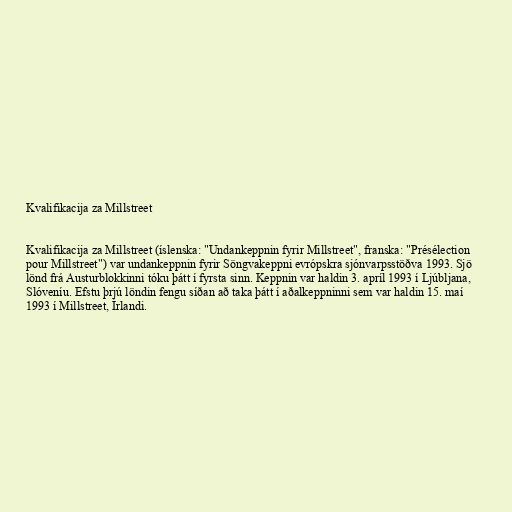
Kvalifikacija za Millstreet

Kvalifikacija za Millstreet (íslenska: "Undankeppnin fyrir Millstreet", franska: "Présélection
pour Millstreet") var undankeppnin fyrir Söngvakeppni evrópskra sjónvarpsstöðva 1993. Sjö
lönd frá Austurblokkinni tóku þátt í fyrsta sinn. Keppnin var haldin 3. apríl 1993 í Ljúbljana,
Slóveníu. Efstu þrjú löndin fengu síðan að taka þátt í aðalkeppninni sem var haldin 15. maí
1993 í Millstreet, Írlandi.